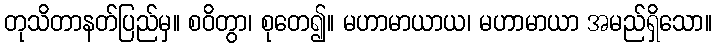
တုသိတာနတ်ပြည်မှ။ စဝိတွာ၊ စုတေ၍။ မဟာမာယာယ၊ မဟာမာယာ အမည်ရှိသော။